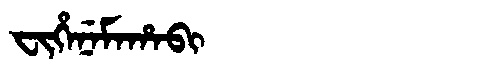
Manchu: ᠸᡳᡥᡝᠨᡝᠮᠠᡥᠠᠪᡳ
Romanization: FIHENEMAHABI